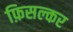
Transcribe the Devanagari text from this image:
फ़िसल्कर